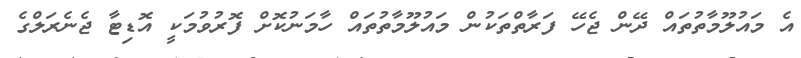
އެ މައުލޫމާތުތައް ދޭން ޖެހޭ ފަރާތްތަކުން މައުލޫމާތުތައް ހާމަނުކޮށް ފޮރުވުމަކީ އޮޑިޓާ ޖެނެރަލްގެ